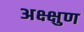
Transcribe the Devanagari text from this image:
अक्ष्क्षुण